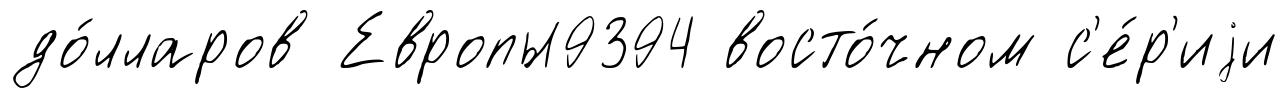
до́лларов Европы9394 восто́чном с'е́р'иjи